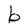
Character: b